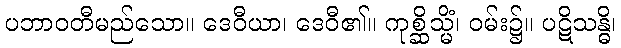
ပဘာဝတီမည်သော။ ဒေဝီယာ၊ ဒေဝီ၏။ ကုစ္ဆိသ္မိံ၊ ဝမ်း၌။ ပဋိသန္ဓိ၊